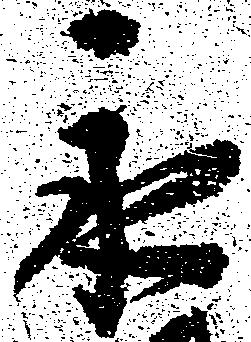
永